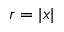
r = | x |